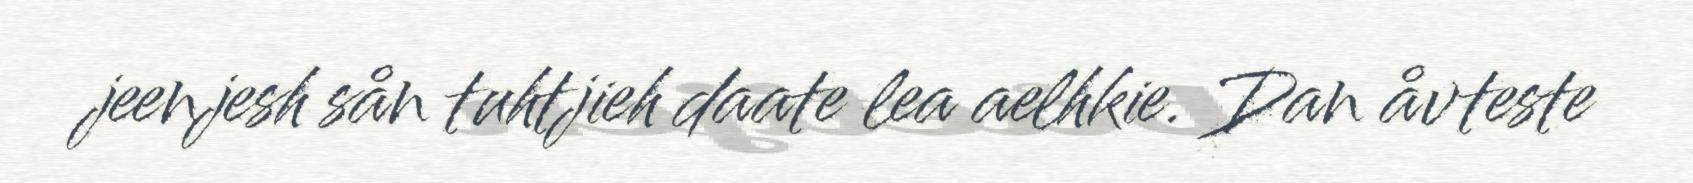
jeenjesh sån tuhtjieh daate lea aelhkie. Dan åvteste